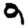
Digit: 9